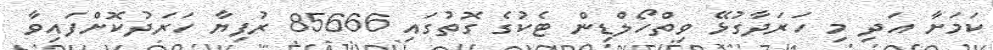
ކަމަށާ އަދި މި ހަރަދާގުޅޭ ވިތްހޯލްޑިން ޓެކުގެ ގޮތުގައި 85666 ރުފިޔާ ހަރަދުކޮށްފައިވާ